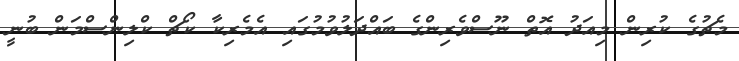
މެޗުގެ ކުރިން މިއަދު އޮތް ނޫސްވެރިންގެ ބައްދަލުވުމުގައި އެމެރިކާ ކޯޗް ކްލިންސްމަން ބުނީ